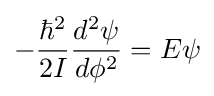
-{\frac {\hbar ^{2}}{2I}}{\frac {d^{2}\psi }{d\phi ^{2}}}=E\psi